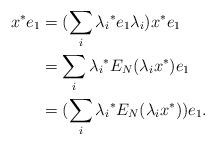
LaTeX: \begin{align*}x^*e_1 & = (\sum_i{\lambda_i}^*e_1\lambda_i)x^*e_1\\ & = \sum_i{\lambda_i}^*E_N(\lambda_ix^*)e_1\\ & = (\sum_i{\lambda_i}^*E_N(\lambda_ix^*))e_1.\end{align*}